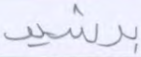
برشيد